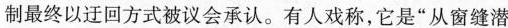
制最终以迂回方式被议会承认。有人戏称，它是”从窗缝潜